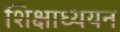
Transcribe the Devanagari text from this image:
शिक्षाध्ययन